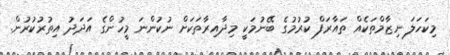
މިކަހަލަ ނިޒާމްތަކެއް ތައާރަފް ކުުރުމުގެ ބޭނުމަކީ މިދާއިރާތަކަށް ނުކުންނަ މީހުންގެ އަދަދު އިތުރުކުރުން.